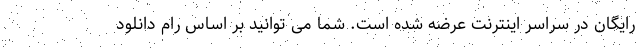
رایگان در سراسر اینترنت عرضه شده است. شما می توانید بر اساس رام دانلود